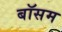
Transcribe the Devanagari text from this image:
बॉसम